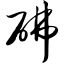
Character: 砩